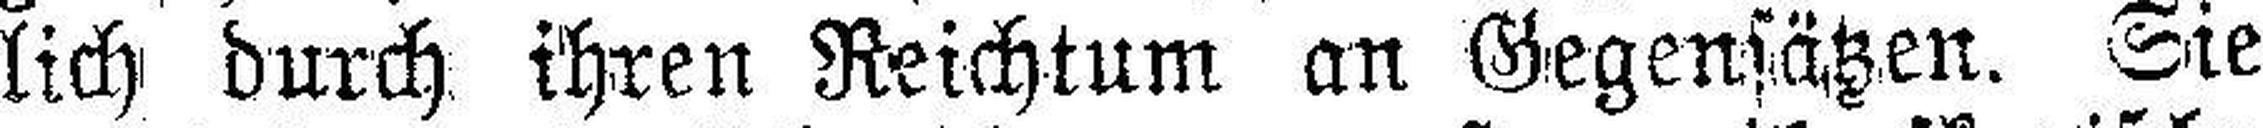
lich durch, ihren Reichtum an Gegensätzen. Sie